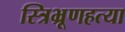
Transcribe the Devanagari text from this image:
स्त्रिभ्रूणहत्या